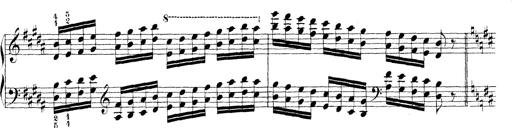
Title: Technische Studien
Composer: Franz Liszt